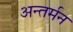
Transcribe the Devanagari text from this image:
अन्‍तर्मन